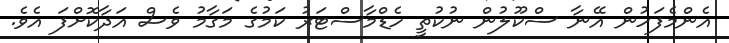
އެންމެފަހުން އޭނާ ސްކޫލުން ނުކުތީ ހެޑްމާސްޓަރު ކަމުގެ މަގާމު ވެސް އަދާކޮށްފަ އެވެ.